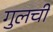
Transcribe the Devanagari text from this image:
गुलची